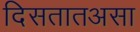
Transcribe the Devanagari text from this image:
दिसतातअसा